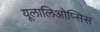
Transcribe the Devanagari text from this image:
यूलालिओप्सिस